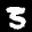
Label: 3